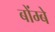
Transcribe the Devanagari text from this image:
बोंम्बे